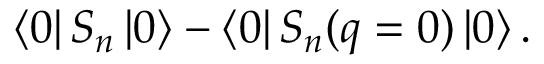
\left< 0 \right| S _ { n } \left| 0 \right> - \left< 0 \right| S _ { n } ( q = 0 ) \left| 0 \right> .